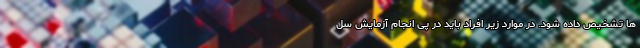
ها تشخیص داده شود. در موارد زیر افراد باید در پی انجام آزمایش سل